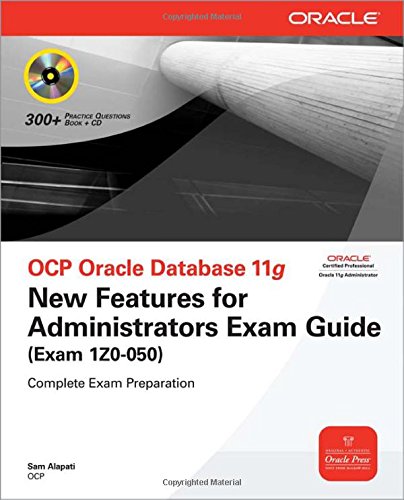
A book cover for OCP Oracle Database 11g New Features for Administrators Exam Guide (Exam 1Z0-050) (Oracle Press); Sam R. Alapati; Computers & Technology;